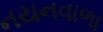
નયનવાળા